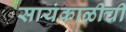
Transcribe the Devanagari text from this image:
सायंकाळीची